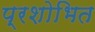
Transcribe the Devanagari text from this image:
प्रशोभित